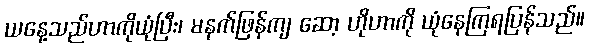
ယနေ့သည်ဟာကိုယုံပြီး၊ မနက်ဖြန်ကျ ဆော့ ဟိုဟာကို ယုံနေကြရပြန်သည်။